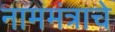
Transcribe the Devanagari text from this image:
नाममंत्राचे